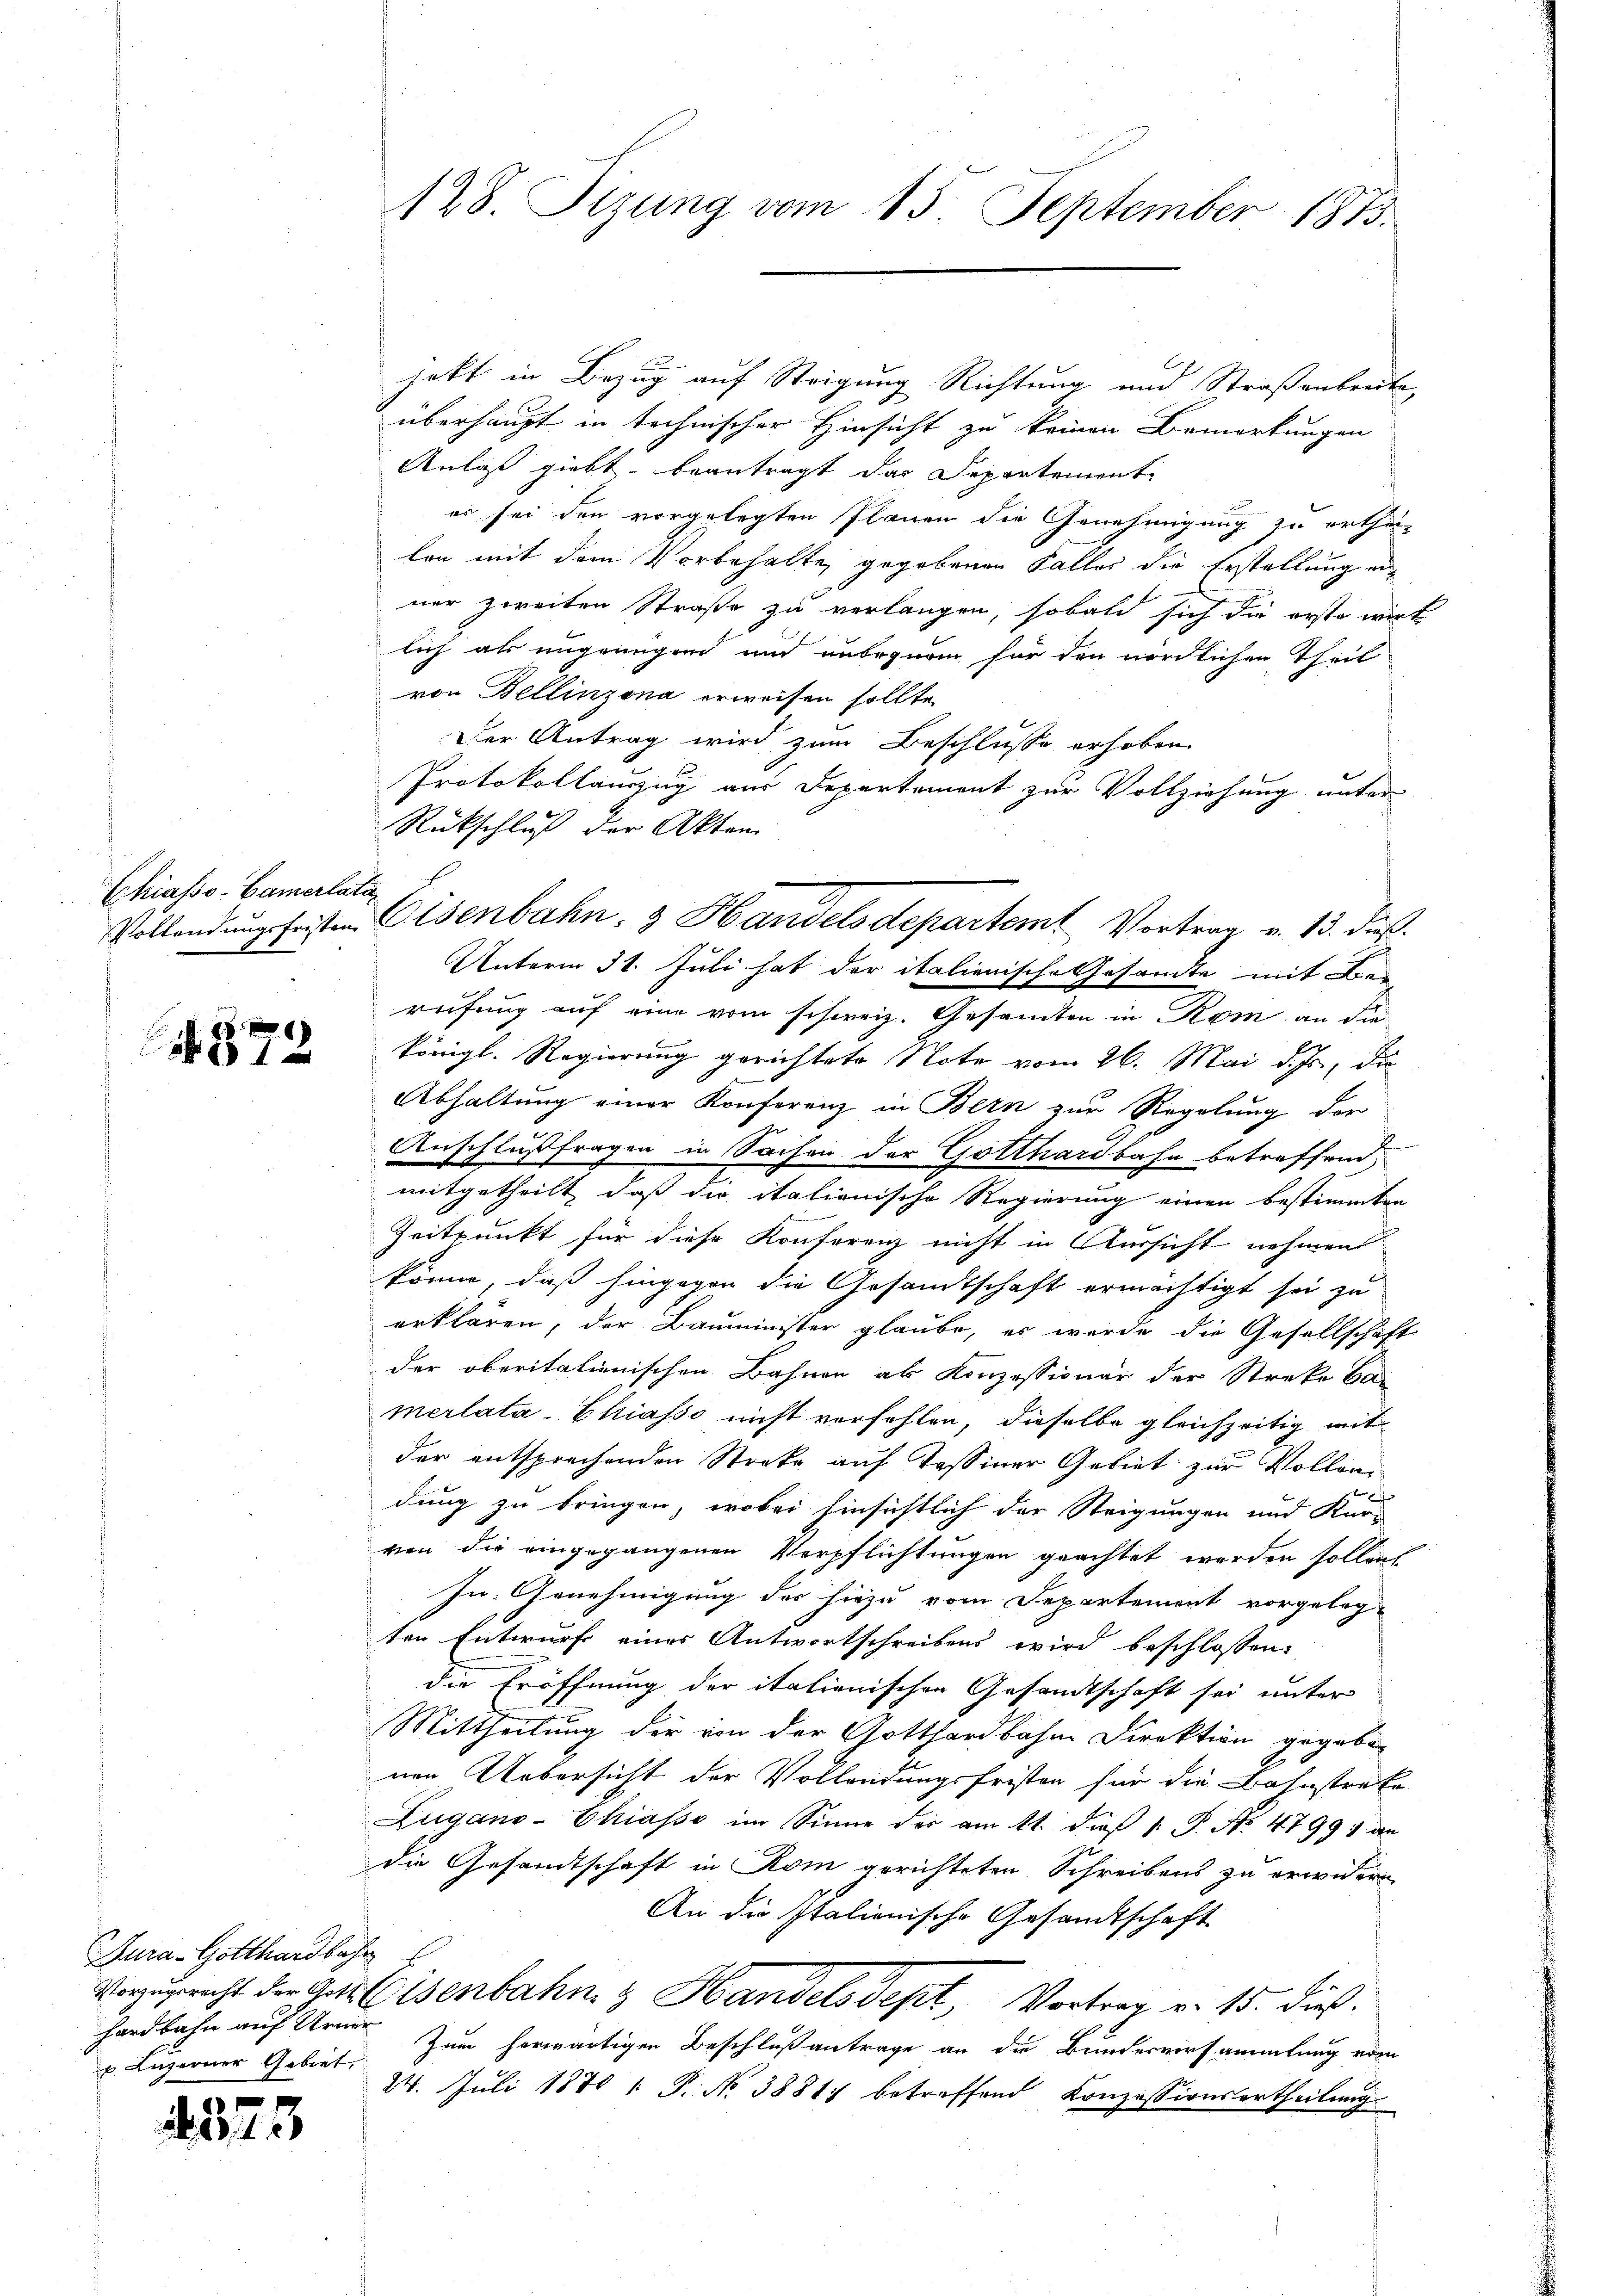
Chiasso-Camerlata

372

habt in Bezug auf Steigung Richtung und Straßenbreite,
überhaupt in technischer Hinsicht zu keinen Bemerkungen
Anlaß giebt, beantragt das Departement
es sei den vorgelegten Planen die Genehmigung zu ertheiten mit dem Vorbehalte, gegebenen Falles die Erstellung eil
ner zweiten Straße zu verlangen, sobald sich die erste wirk
lich als ungenügend und unbequem für den nördlichen Theil
von Bellinzona erweisen sollte.
Der Antrag wird zum Beschlüsse erhoben
Protokollauszug aus Departement zur Vollziehung unter
Rückschluß der Akten
Unterm 31. Juli hat der italienische Gesamte mit Bereifung auf eine vom schweiz. Gesamten in Rom an die
königl. Regierung gerichtete Note vom 26. Mai d. Js., die
Abhaltung einer Konferenz in Bern zur Regelung der
Anschlußfragen in Sachen der Gotthardbahn betreffend,
mitgetheilt, daß die itationische Regierung einen bestimmten
Zeitpunkt für diese Konferenz nicht in Aussicht nehmen
könne, daß hingegen die Gesandtschaft ermächtigt sei zu
erklären, der Bauminister glaube, es werde die Gesellschaft
der oberitalienischen Bahnen als Konzessionär der Streke Ca
merlata-Chiasso nicht verfehlen, dieselbe gleichzeitig mit
der entsprechenden Streke auf Tessiner Gebiet zur Vollendung zu bringen, wobei hinsichtlich der Steigungen und Kar-
ven die eingegangenen Verpflichtungen geachtet werden sollen.
In Genehmigung des hiezu vom Departement vorgelegten Entwurf eines Antwortschreibens wird beschlossen:
die Eröffnung der italienischen Gesandtschaft sei unter
Mittheilung der von der Gotthardbahne Direktion gegeben
nen Uebersicht der Vollendungsfristen für die Bahnstrafe
Lugano-Chiasso im Sinne der am 11. dieβ 1. P. No 4799; den
die Gesandtschaft in Rom gerichteten Schreibens zu erwidern,
An die Italienische Gesandtschaft
Vorzugrecht der Gut (Gisenbahn & Handelsdept, Vortrag v. 15. dieß.
Zum herwärtigen Beschlußantrage an die Bundesversammlung vom
24. Juli 1870  P. No 3881 betreffend Konzessionsertheilung

Jura - Gotthardbahn
hardbahn auf Urner
u Luzerner Gebiet,

. 375

128. Sizung vom 15. September 1873.

Vollendungsfeisten Eisenbahn- & Handelsdepartamt Vortrag v. 13. dieß.